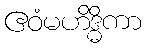
ဧဝံမဟိဒ္ဓိကာ